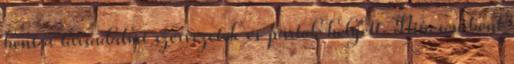
bent a társadalmi szervezetek és pártok helyett. Nincsen bent